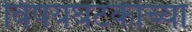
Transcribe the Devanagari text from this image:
विषयघटकांच्या